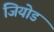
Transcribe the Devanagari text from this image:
जियोड